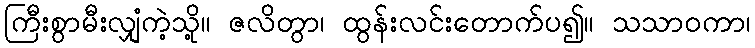
ကြီးစွာမီးလျှံကဲ့သို့။ ဇလိတွာ၊ ထွန်းလင်းတောက်ပ၍။ သသာဝကာ၊